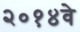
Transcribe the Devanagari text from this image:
२०१४वे